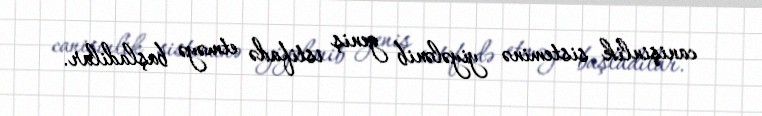
canişinlik sisteminə yiyələnib geniş istifadə etməyə başladilar.